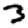
Digit: 3